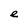
Character: e